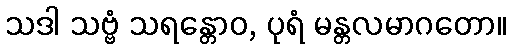
သဒါ သဗ္ဗံ သရန္တောဝ, ပုရံ မန္တလမာဂတော။